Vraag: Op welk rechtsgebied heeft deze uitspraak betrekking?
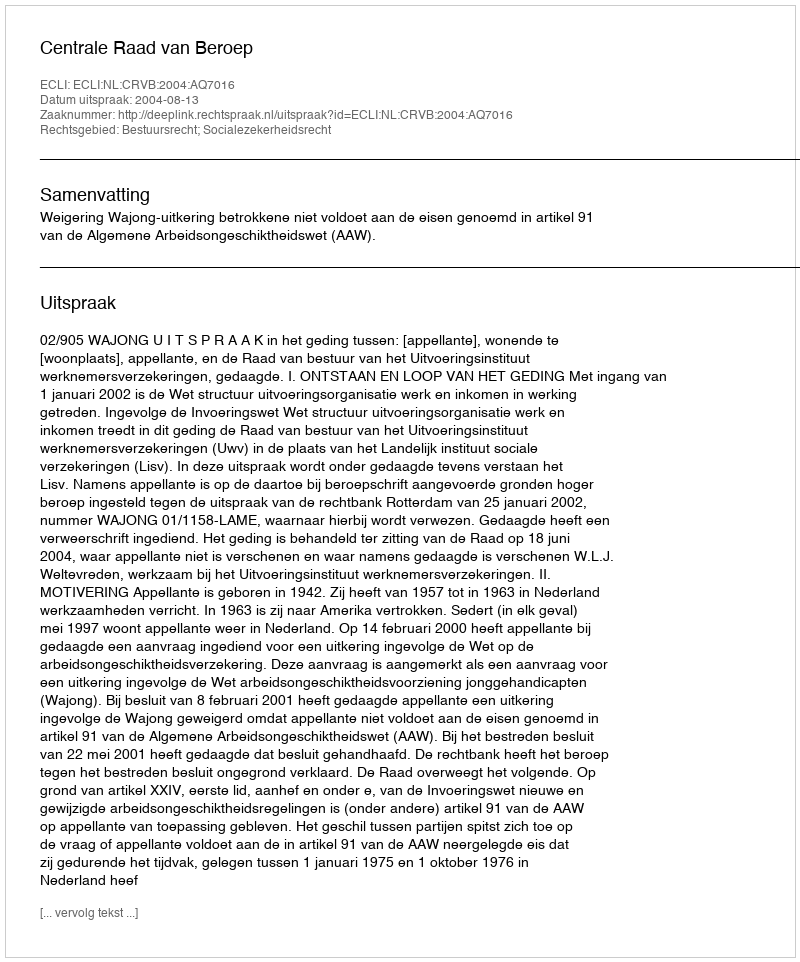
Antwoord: Bestuursrecht; Socialezekerheidsrecht